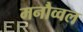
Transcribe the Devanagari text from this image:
मनौव्वल